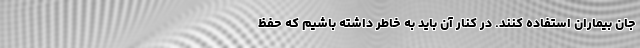
جان بیماران استفاده کنند. در کنار آن باید به خاطر داشته باشیم که حفظ